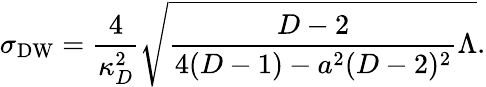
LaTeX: \sigma_{\mathrm{DW}}={\frac{4}{\kappa_{D}^{2}}}\sqrt{{\frac{D-2}{4(D-1)-a^{2}(D-2)^{2}}}\Lambda}.